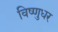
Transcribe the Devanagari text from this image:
विष्णुधर